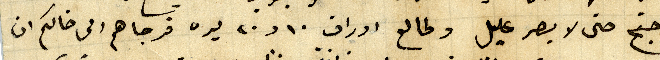
واحتج حتى لا يصر عليل وطالع اوراق ١٠ و ٢٠ ليره فرجاهم الى خالكم ان